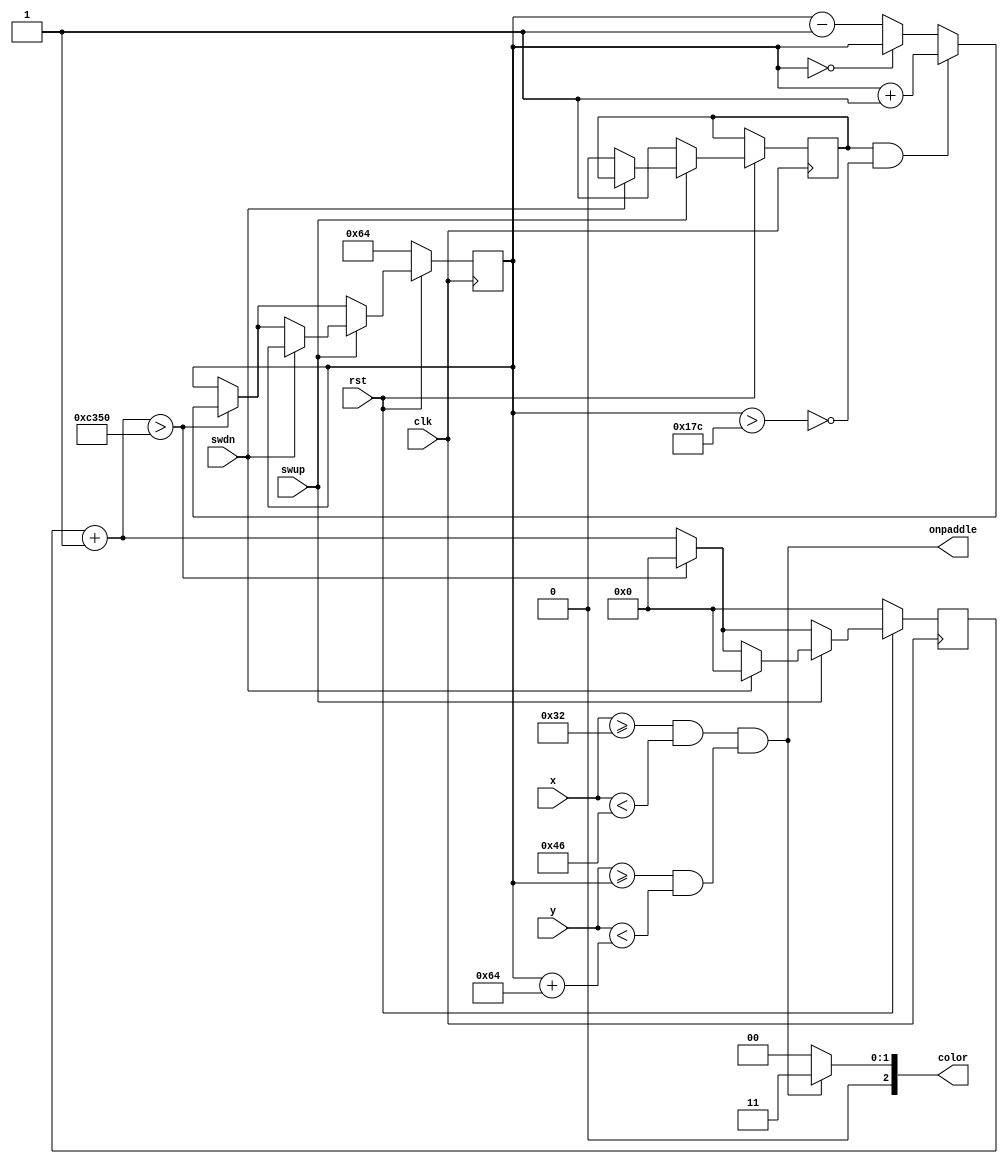
module paddle
 #(
	parameter XPOS = 50,
	parameter width = 20,
	parameter height = 100,
	parameter hold = 50000
)	
(
	output wire[2:0] color,
	output wire onpaddle,			// when 1 the x,y is at the paddle
	input wire[9:0] x,
	input wire[9:0] y,
	input wire swup,
	input wire swdn,
	input clk,
	input rst
);
	
	reg[9:0] ypos;					// Paddle position
	reg[16:0] presstime;
	reg direction;
	wire atx, aty;
	wire maxy, miny;

	assign atx = x >= XPOS && x < XPOS+width;
	assign aty = y >= ypos && y < ypos + height;
	assign color = atx && aty ? 3'b011 : 3'b000;
	assign maxy = ypos > 480-height;
	assign miny = ypos == 0;
	assign onpaddle = atx && aty;
	
//	always@(negedge rst) begin
//	end
	
	always@(posedge clk) begin
		if(! rst) begin
			ypos <= 10'd100;
			presstime = 0;
//			onpaddle <= 0;
		end else if(! swup) begin
			direction <= 1;
			presstime = presstime + 9'b1;
			if(presstime > hold) begin
				presstime = 0;
				if(direction && ! maxy) begin
					ypos <= ypos + 1;
				end else if(! miny) begin
					ypos <= ypos - 1;
				end
			end
		end else if(! swdn) begin
			direction <= 0;
			presstime = presstime + 9'b1;
			if(presstime > hold) begin
				presstime = 0;
				if(direction && ! maxy) begin
					ypos <= ypos + 1;
				end else if(! miny) begin
					ypos <= ypos - 1;
				end
			end
		end else begin
			presstime = 0;
		end
//		onpaddle <= atx && aty;
	end
endmodule